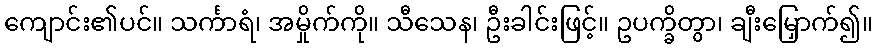
ကျောင်း၏ပင်။ သင်္ကာရံ၊ အမှိုက်ကို။ သီသေန၊ ဦးခါင်းဖြင့်။ ဥပက္ခိတွာ၊ ချီးမြှောက်၍။